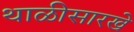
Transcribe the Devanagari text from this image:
थाळीसारखे